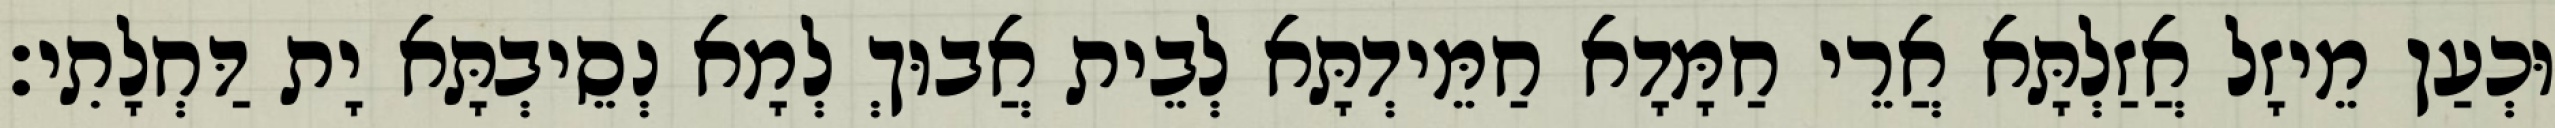
וּכְעַן מֵיזָל אֲזַלְתָּא אֲרֵי חַמָּדָא חַמֵּידְתָּא לְבֵית אֲבוּךְ לְמָא נְסֵיבְתָּא יָת דַּחְלָתִי׃